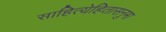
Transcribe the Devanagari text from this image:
साहित्येहितासनुमा